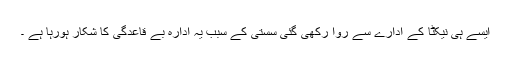
ایسے ہی نیکٹا کے ادارے سے روا رکھی گئی سستی کے سبب یہ ادارہ بے قاعدگی کا شکار ہورہا ہے ۔